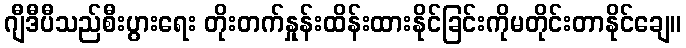
ဂျီဒီပီသည်စီးပွားရေး တိုးတက်နှုန်းထိန်းထားနိုင်ခြင်းကိုမတိုင်းတာနိုင်ချေ။